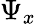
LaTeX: \Psi_{x}